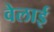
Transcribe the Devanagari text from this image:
वेलाई